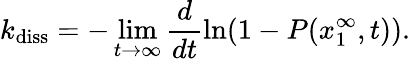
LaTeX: k_{\mathrm{diss}}=-\operatorname*{lim}_{t\rightarrow\infty}\frac{d}{dt}\ln(1-P(x_{1}^{\infty},t)).